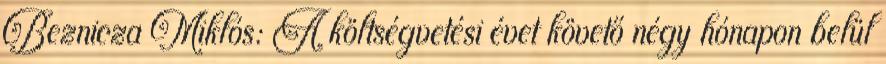
Beznicza Miklós: A költségvetési évet követő négy hónapon belül